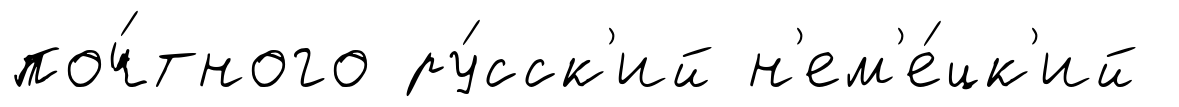
поч́тного ру́сск'ий н'ем'е́цк'ий